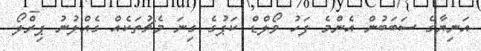
އަނިޔާގެ ސަބަބުން އެންމެ ފަހު ވޯލްޑް ކަޕުގެ ގިނަ މެޗުތަކެއް ގެއްލުނު ޕިރްލޯ